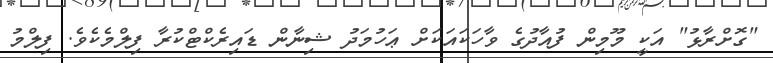
"ގޮށްރާޅު" އަކީ މޫމިން ފުއާދުގެ ވާހަކައަކަށް ޢަހުމަދު ޝިނާން ޑައިރެކްޓްކުރާ ފިލްމެކެވެ. ފިލްމު